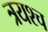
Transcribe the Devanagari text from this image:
त्रयश्च